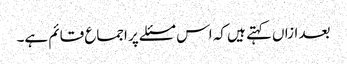
بعد ازاں کہتے ہیں کہ اس مسئلے پر اجماع قائم ہے۔